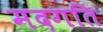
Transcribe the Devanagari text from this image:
मदगति